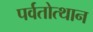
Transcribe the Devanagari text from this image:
पर्वतोत्‍थान